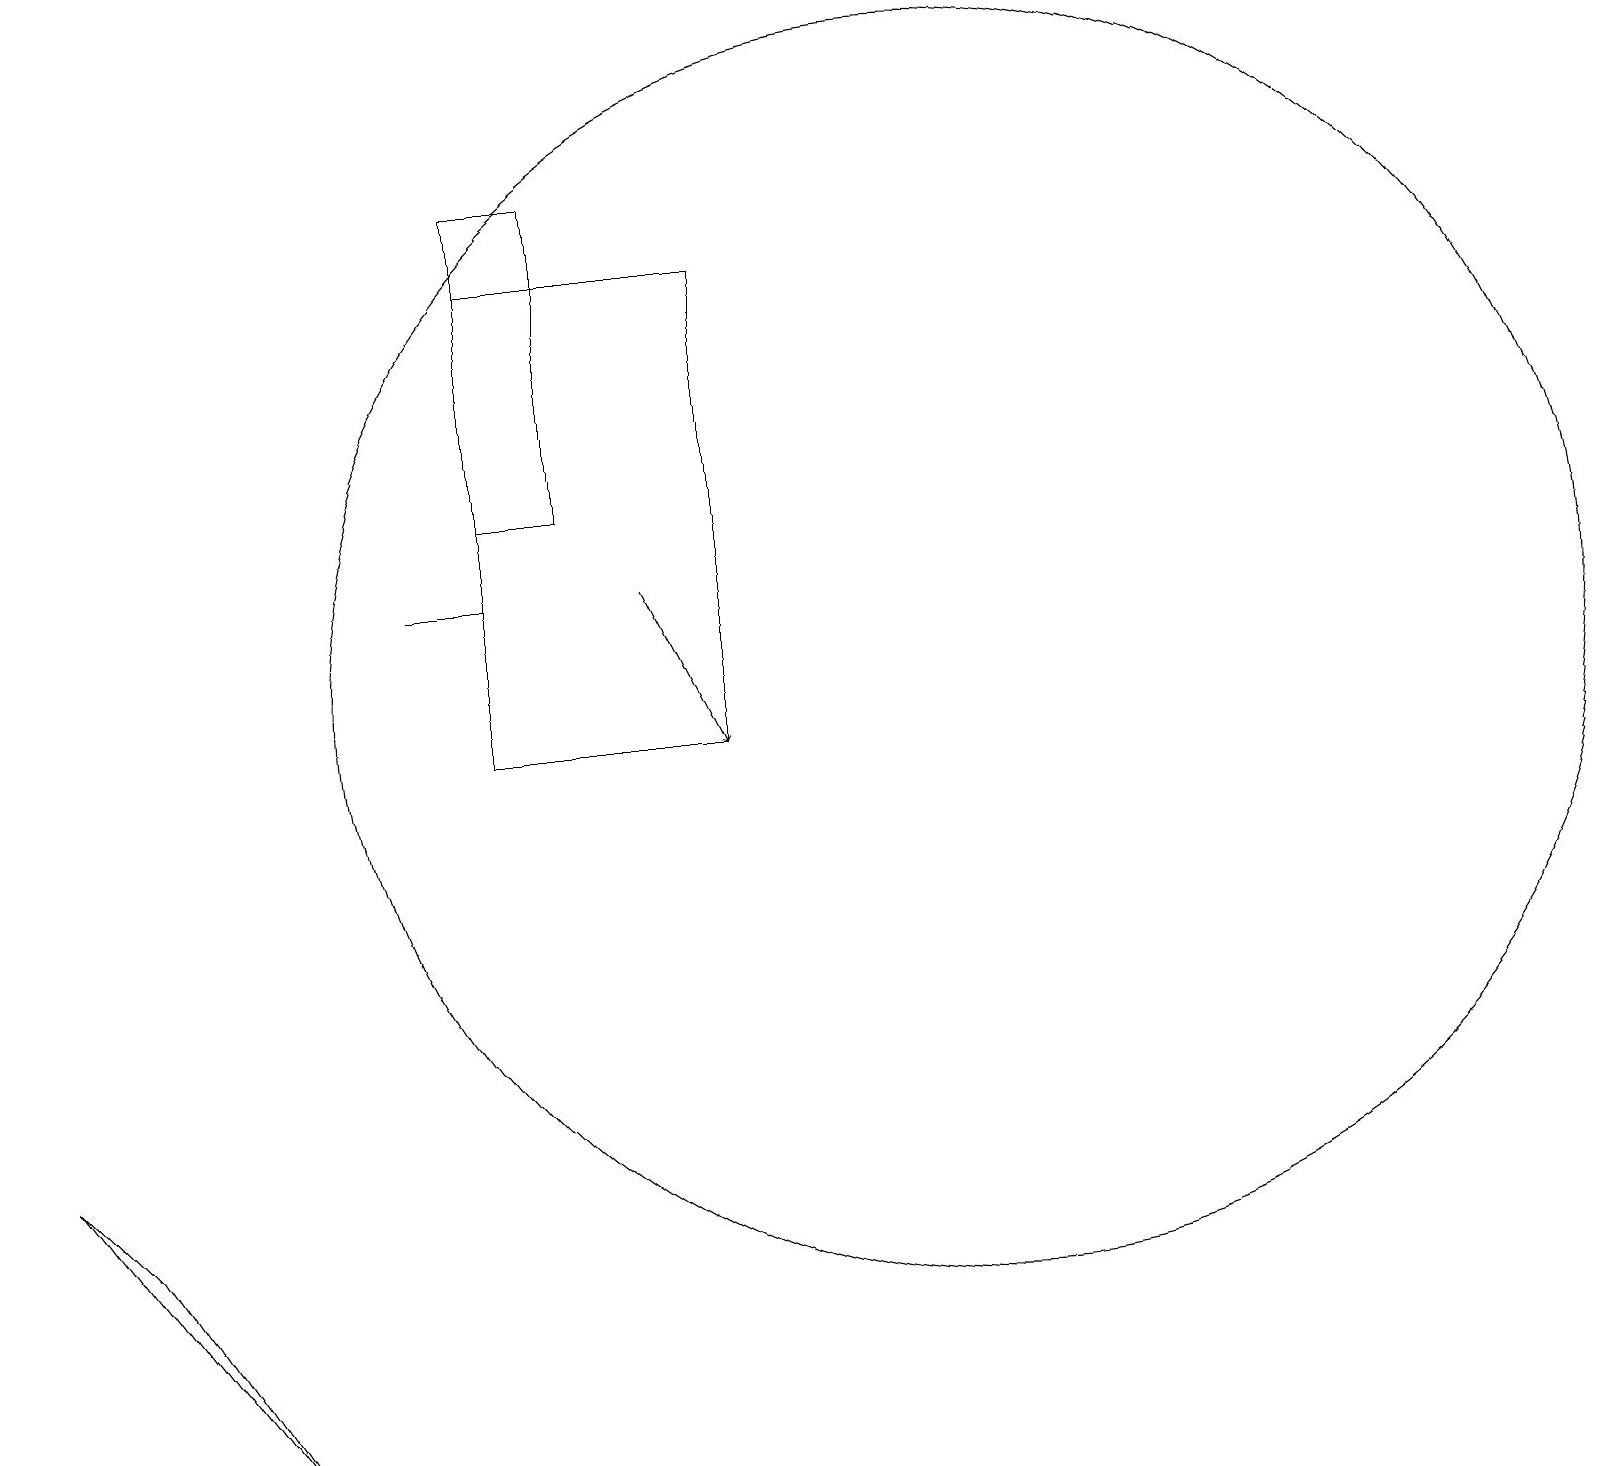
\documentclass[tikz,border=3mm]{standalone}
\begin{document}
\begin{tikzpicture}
\draw (12,11) circle (8);
\draw[->] (8,12) -- (9,10);
\draw (6,10) rectangle (9,16);
\draw (3,1) -- (1,4) -- (0,5) -- cycle;
\draw (6,13) rectangle (7,17);
\draw (5,12) rectangle (6,12);
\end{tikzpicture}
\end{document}